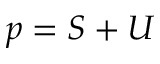
p = S + U